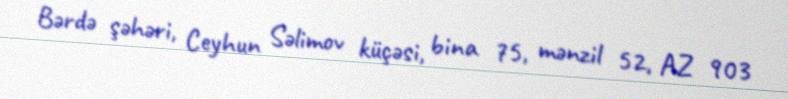
Bərdə şəhəri, Ceyhun Səlimov küçəsi, bina 75, mənzil 52, AZ 903